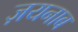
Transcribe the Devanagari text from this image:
ज़यनाब